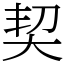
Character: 契